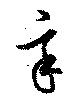
辛